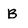
Character: B